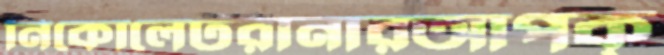
নিকোলেটরানারআপক্